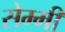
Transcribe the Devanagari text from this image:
सेम्मी